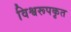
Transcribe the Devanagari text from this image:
विश्वरूपकृत